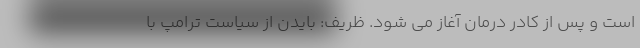
است و پس از کادر درمان آغاز می شود. ظریف: بایدن از سیاست ترامپ با